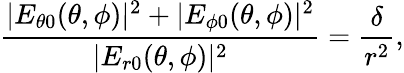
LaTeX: \frac{|E_{\theta 0}(\theta,\phi)|^{2}+|E_{\phi 0}(\theta,\phi)|^{2}}{|E_{r0}(\theta,\phi)|^{2}}=\frac{\delta}{r^{2}},